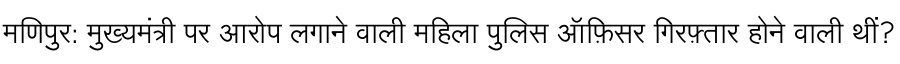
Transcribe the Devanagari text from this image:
मणिपुर: मुख्यमंत्री पर आरोप लगाने वाली महिला पुलिस ऑफ़िसर गिरफ़्तार होने वाली थीं?